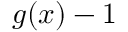
g ( x ) - 1